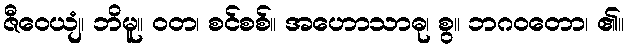
ဇီဝေယျံ၊ ဘိမူ။ ဝတ၊ စင်စစ်။ အဟောသာဓု၊ စွ။ ဘဂဝတော၊ ၏။